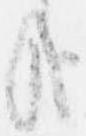
哉